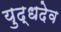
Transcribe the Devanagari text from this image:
युद्धदेव